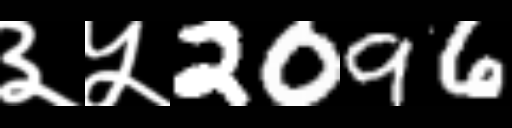
Text: ३५2096